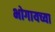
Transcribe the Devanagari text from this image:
भोगायच्या